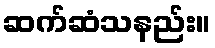
ဆက်ဆံသနည်း။